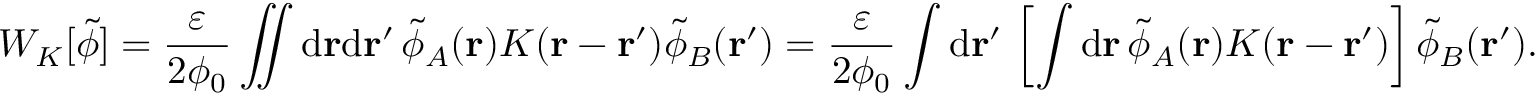
W _ { K } [ \tilde { \phi } ] = \frac { \varepsilon } { 2 \phi _ { 0 } } \iint \mathrm { d } \mathbf { r } \mathrm { d } \mathbf { r } ^ { \prime } \, \tilde { \phi } _ { A } ( \mathbf { r } ) K ( \mathbf { r } - \mathbf { r } ^ { \prime } ) \tilde { \phi } _ { B } ( \mathbf { r } ^ { \prime } ) = \frac { \varepsilon } { 2 \phi _ { 0 } } \int \mathrm { d } \mathbf { r } ^ { \prime } \, \left[ \int \mathrm { d } \mathbf { r } \, \tilde { \phi } _ { A } ( \mathbf { r } ) K ( \mathbf { r } - \mathbf { r } ^ { \prime } ) \right] \tilde { \phi } _ { B } ( \mathbf { r } ^ { \prime } ) .